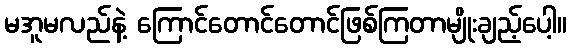
မအူမလည်နဲ့ ကြောင်တောင်တောင်ဖြစ်ကြတာမျိုးချည့်ပေါ့။